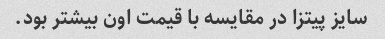
سایز پیتزا در مقایسه با قیمت اون بیشتر بود.